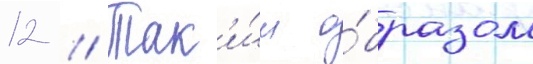
12 // Так'и́м о́бразом